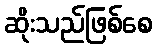
ဆိုးသည်ဖြစ်စေ